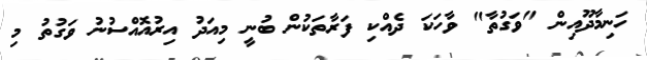
ހަނިމާދޫއިން "ވަގުތާ" ވާހަކަ ދެއްކި ފަރާތަކުން ބުނީ މިއަދު އިރުއޮއްސުނު ވަގުތު މި